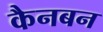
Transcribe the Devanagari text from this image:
कैनबन